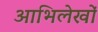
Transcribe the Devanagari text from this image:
आभिलेखों